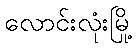
လောင်းလုံးမြို့